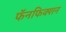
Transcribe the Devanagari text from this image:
फॅनफिक्शन